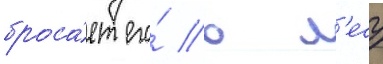
броса́ет его́ в л'есу